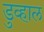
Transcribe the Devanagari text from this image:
डुव्हाल